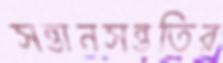
সন্তানসন্ততির